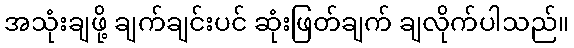
အသုံးချဖို့ ချက်ချင်းပင် ဆုံးဖြတ်ချက် ချလိုက်ပါသည်။